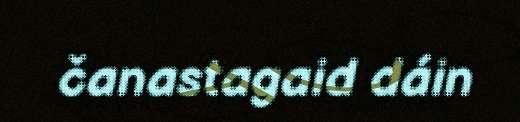
čanastagaid dáin